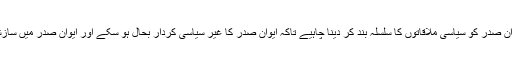
انہوں نے کہا کہ ایوان صدر کو سیاسی ملاقاتوں کا سلسلہ بند کر دینا چاہیے تاکہ ایوان صدر کا غیر سیاسی کردار بحال ہو سکے اور ایوان صدر میں سازشیں نہ کی جا سکیں۔